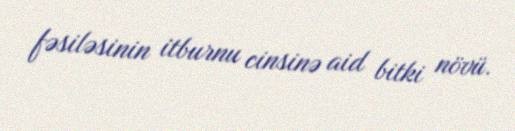
fəsiləsinin i̇tburnu cinsinə aid bitki növü.